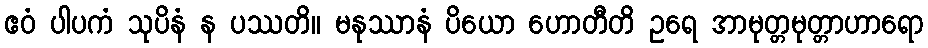
ဧဝံ ပါပကံ သုပိနံ န ပဿတိ။ မနုဿာနံ ပိယော ဟောတီတိ ဥရေ အာမုတ္တမုတ္တာဟာရော